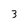
Character: 3